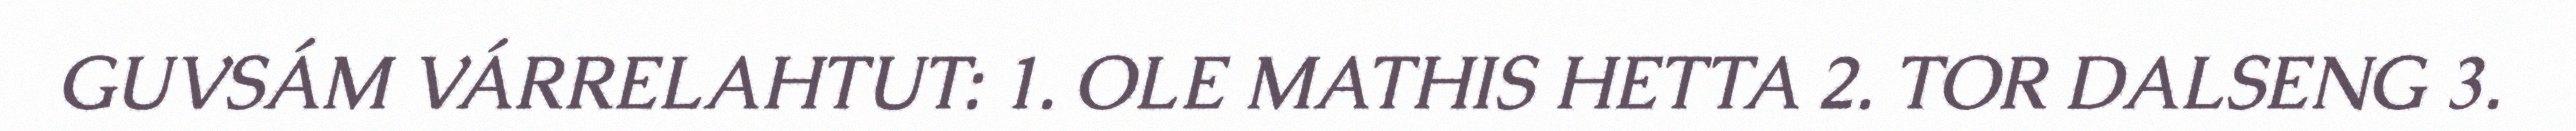
GUVSÁM VÁRRELAHTUT: 1. OLE MATHIS HETTA 2. TOR DALSENG 3.